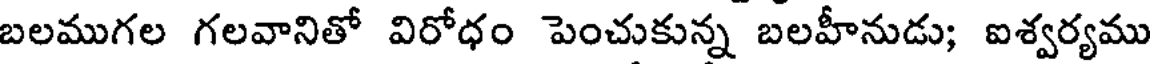
బలముగల గలవానితో విరోధం పెంచుకున్న బలహీనుడు; ఐశ్వర్యము